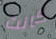
كانت